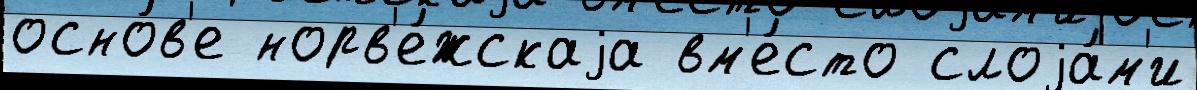
осно́в'е норв'е́жскаjа вм'е́сто слоjа́м'и